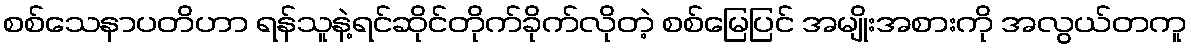
စစ်သေနာပတိဟာ ရန်သူနဲ့ရင်ဆိုင်တိုက်ခိုက်လိုတဲ့ စစ်မြေပြင် အမျိုးအစားကို အလွယ်တကူ